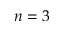
n = 3